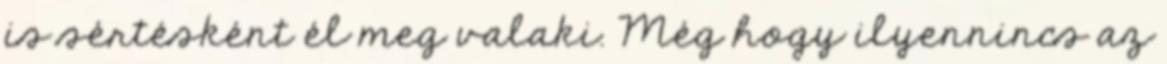
is sértésként él meg valaki. Még hogy ilyennincs az